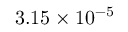
3 . 1 5 \times 1 0 ^ { - 5 }